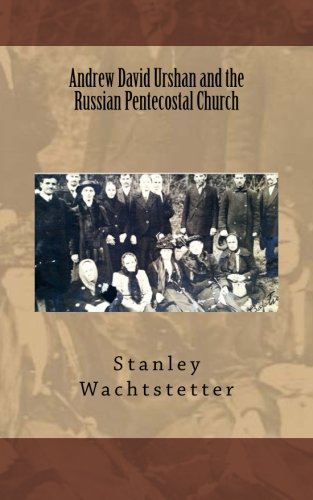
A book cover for Andrew David Urshan and the Russian Pentecostal Church (Apostolic Church in Russia); Stanley E. Wachtstetter; Christian Books & Bibles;